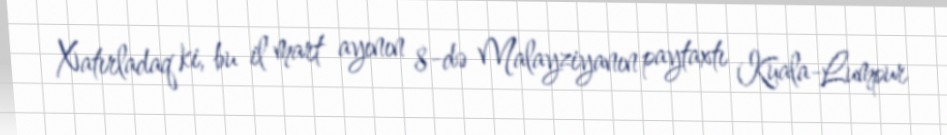
Xatırladaq ki, bu il mart ayının 8-də Malayziyanın paytaxtı Kuala-Lumpur